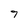
Character: 7